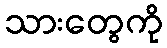
သားတွေကို